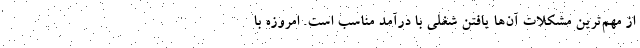
از مهم‌ترین مشکلات آن‌ها یافتن شغلی با درآمد مناسب است. امروزه با